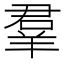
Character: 羣